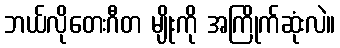
ဘယ်လိုတေးဂီတ မျိုးကို အကြိုက်ဆုံးလဲ။